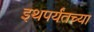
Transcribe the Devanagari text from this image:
इथपर्यंतच्या